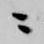
ニ